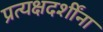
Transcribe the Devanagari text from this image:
प्रत्यक्षदर्शींना